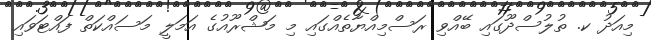
މިއަދު ކ. ތުލުސްދޫގައި ބޭއްވި ރަސްމިއްޔާތެއްގައި މި މަޝްރޫއުގެ އަމަލީ މަސައްކަތް ފައްޓަވައި